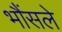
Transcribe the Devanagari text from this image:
भौंसले